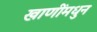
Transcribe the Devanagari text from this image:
खाणींमधुन